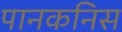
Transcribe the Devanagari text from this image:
पानकनिस